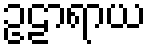
ဥဠာရာယ